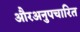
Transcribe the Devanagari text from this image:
औरअनुपचारित